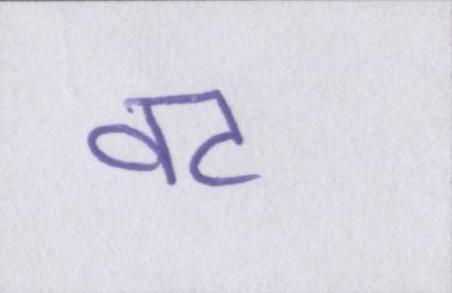
वट